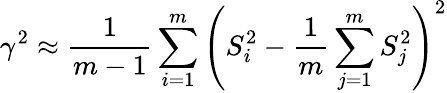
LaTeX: \gamma^{2}\approx\frac{1}{m-1}\sum_{i=1}^{m}\left(S_{i}^{2}-\frac{1}{m}\sum_{j=1}^{m}S_{j}^{2}\right)^{2}